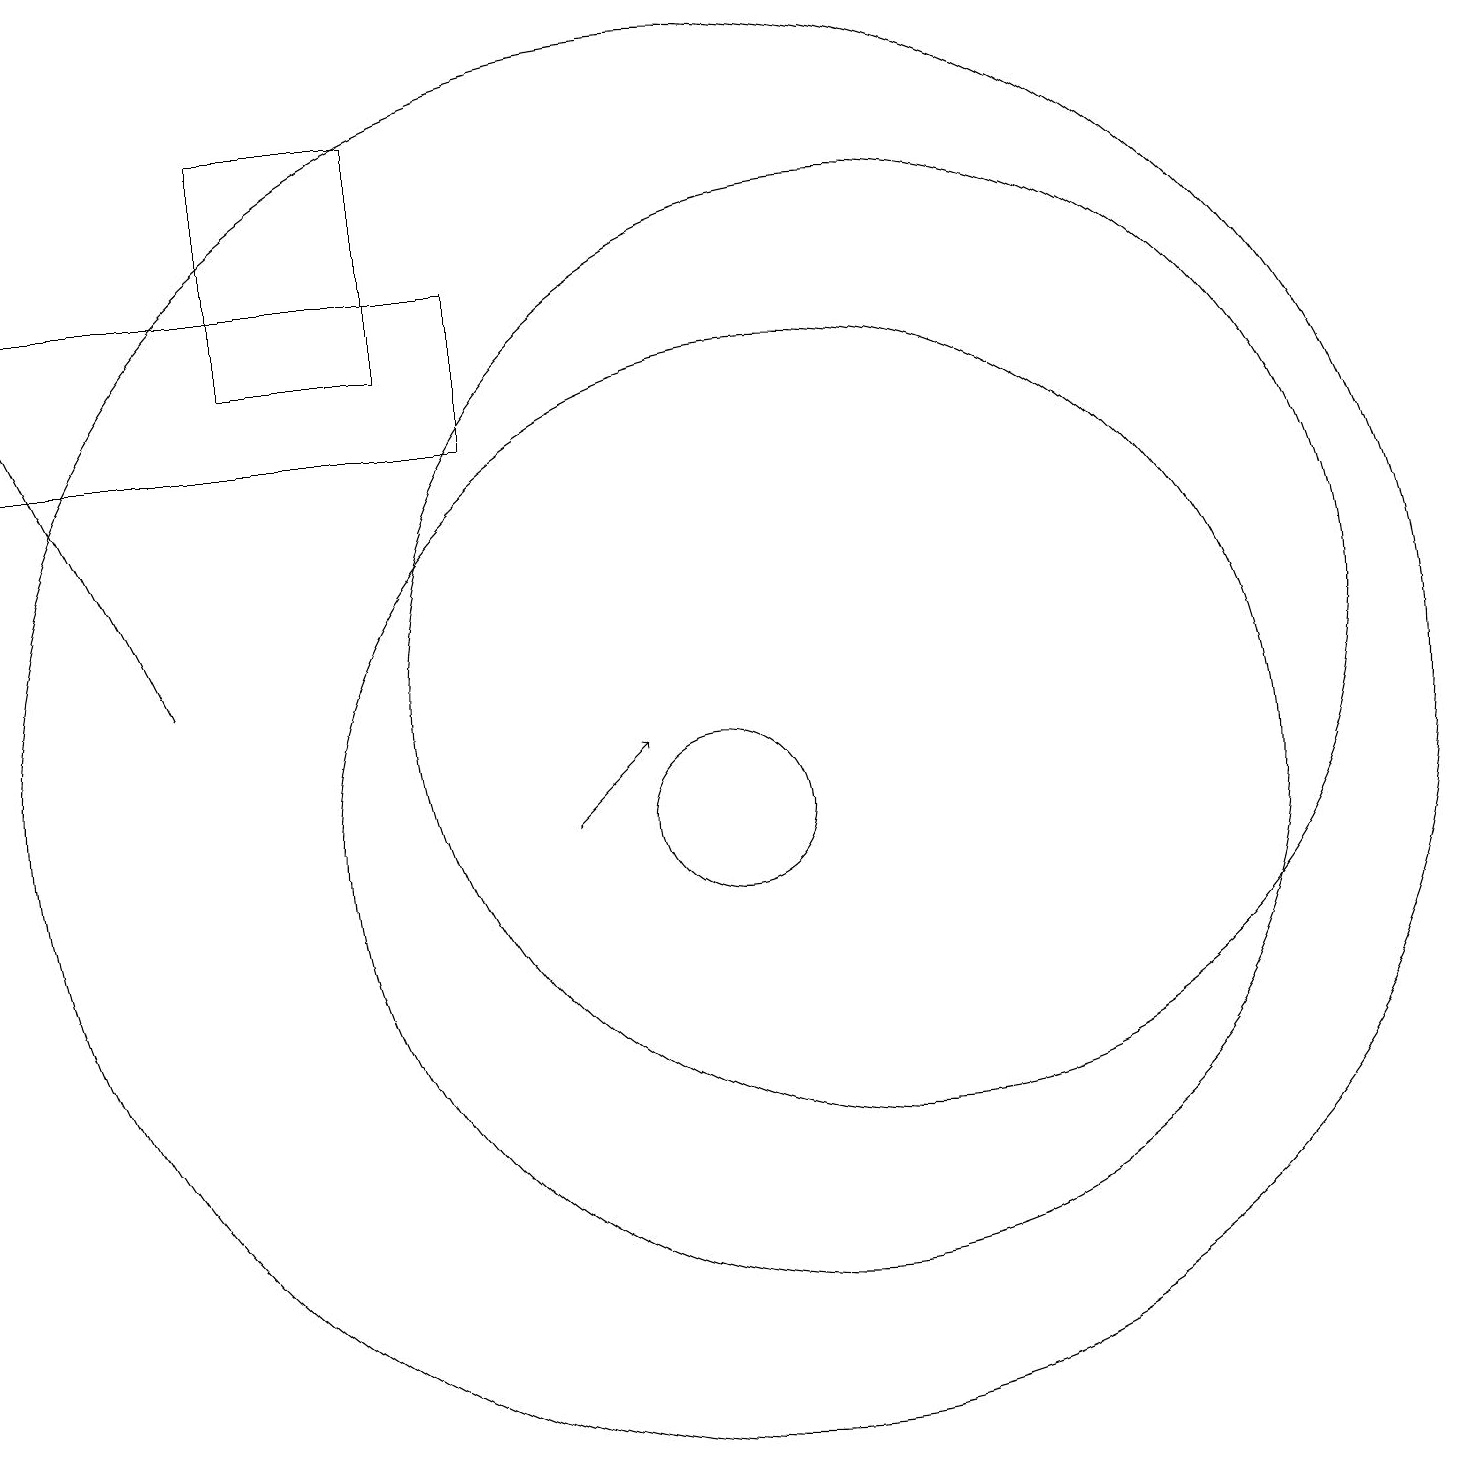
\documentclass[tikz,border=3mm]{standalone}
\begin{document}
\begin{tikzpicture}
\draw (10,10) circle (1);
\draw (6,16) rectangle (4,19);
\draw (10,11) circle (9);
\draw (11,10) circle (6);
\draw (12,12) circle (6);
\draw (7,15) rectangle (1,17);
\draw[->] (8,10) -- (9,11);
\draw[->] (3,12) -- (1,16);
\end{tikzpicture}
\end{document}